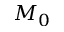
M _ { 0 }